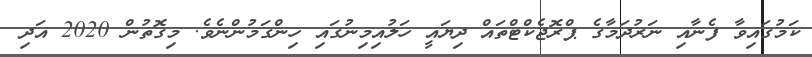
ކަމުގައިވާ ފެނާއި ނަރުދަމާގެ ޕްރޮޖެކްޓްތައް ދިޔައީ ހަލުއިމިނުގައި ހިންގަމުންނެވެ. މިގޮތުން 2020 އަދި